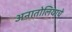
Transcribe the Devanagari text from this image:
अनातोलियाचे